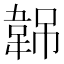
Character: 𬰭